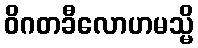
ဝိဂတခီလောဟမသ္မိ